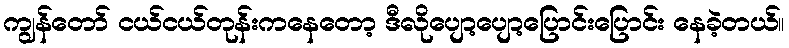
ကျွန်တော် ငယ်ငယ်တုန်းကနေတော့ ဒီလိုပျော့ပျော့ပြောင်းပြောင်း နေခဲ့တယ်။